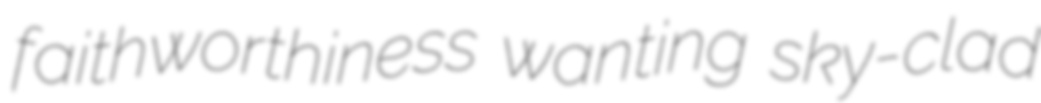
faithworthiness wanting sky-clad